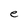
Character: e